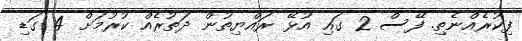
ފިކުރެއްނެތި. ފޭސް 2 ގައި އުޅޭ ރައްޔިތުން ދަތުރެއް ކުރުމަށް 4 ގަޑި